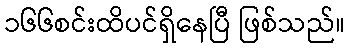
၁၆၆စင်းထိပင်ရှိနေပြီ ဖြစ်သည်။